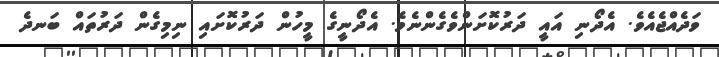
ވަދެއްޖެއެވެ. އެދޯނި އައީ ދަރުކޮށަންވެގެންނެވެ. އެދޯނީގެ މީހުން ދަރުކޮށައި ނިމިގެން ދަރުތައް ބަނދެ